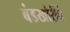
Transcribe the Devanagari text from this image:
बंडखोरीचे